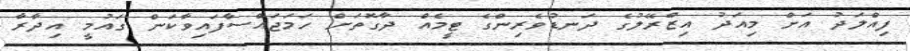
ފިއްލަދު އަށް މިއަދު އިޒްރޭލުގެ ދަނޑުވެރިންގެ ޓީމެއް ދާގޮތަށް ހަމަޖައްސާފައިވާކަން ގައުމީ އިދާރާ